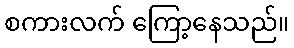
စကားလက် ကြော့နေသည်။